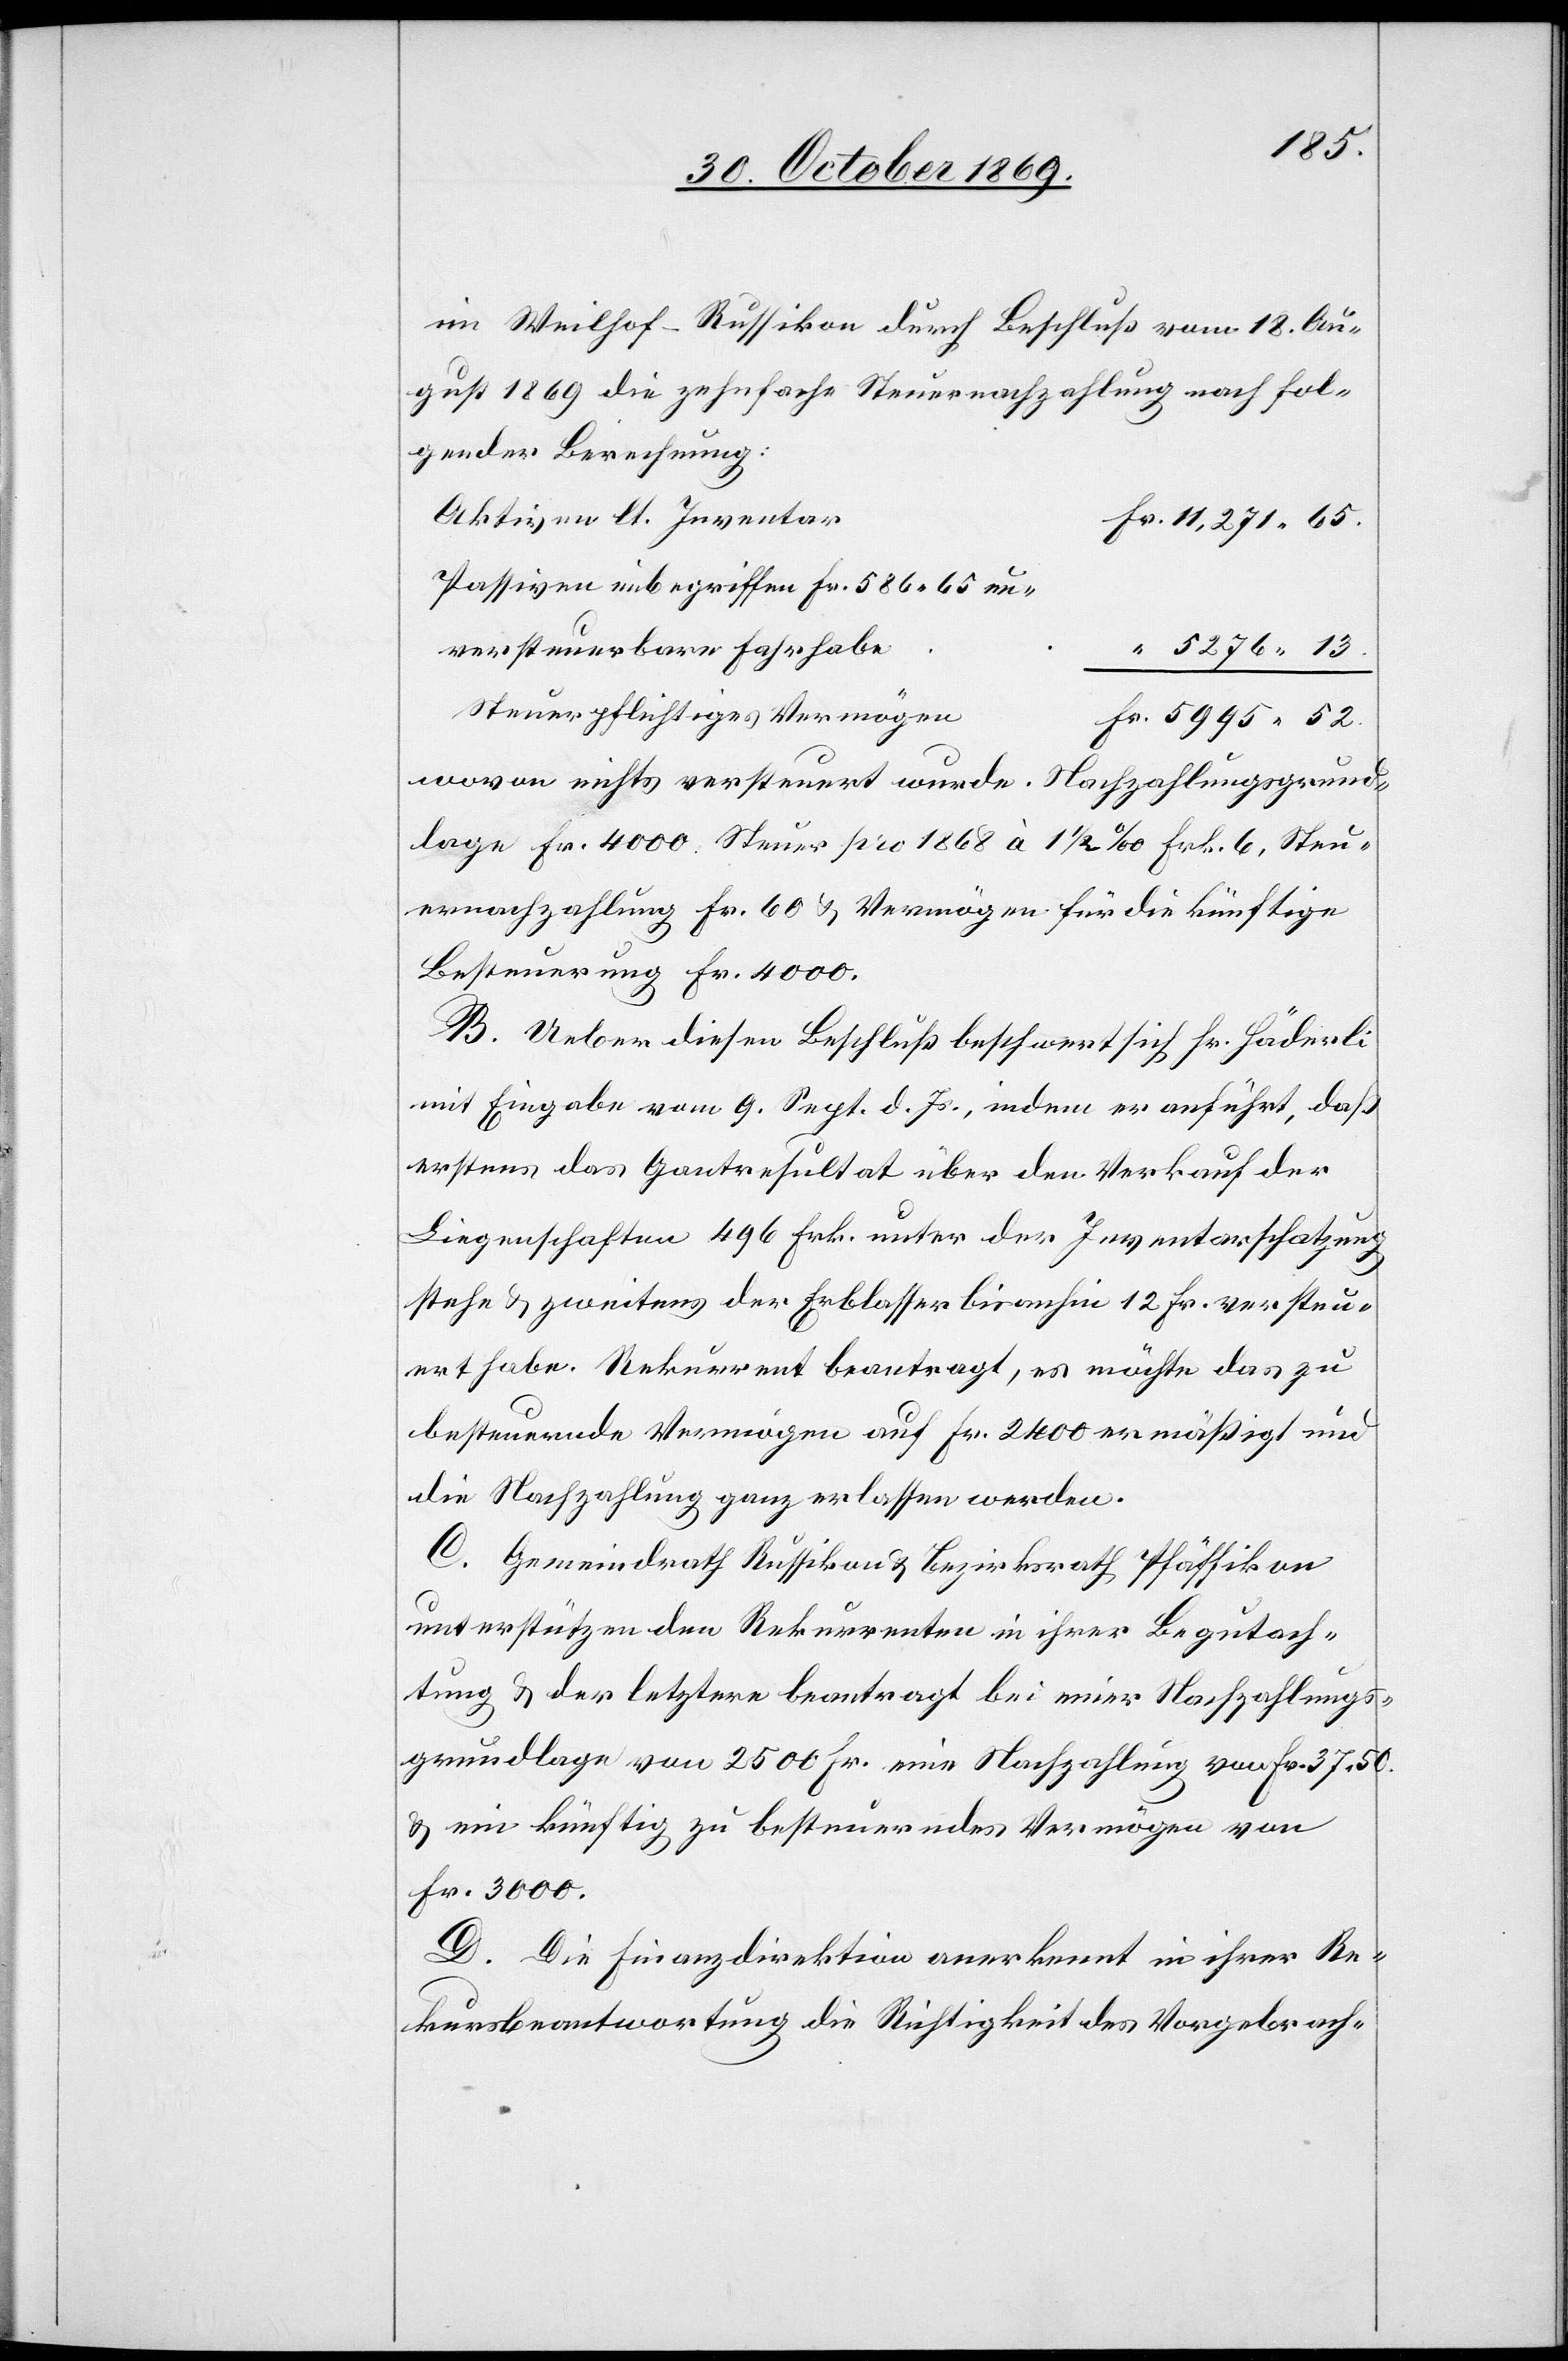
im Weilhof - Russikon durch Beschluß vom 18. Au¬
gust 1869 die zehnfache Steuernachzahlung nach fol¬
gender Berechnung:
Aktiven lt. Inventar
Fr. 11,271.65.
Passiven imbegriffen [sic!] Fr. 586.65 un¬
versteuerbare Fahrhabe
“ 5276.13.
Steuerpflichtiges Vermögen
Fr. 5995.52.
wovon nichts versteuert wurde. Nachzahlungsgrund¬
lage Fr. 4000. Steuer pro 1868 à 1 1/2 ‰ Frk. 6, Steu¬
ernachzahlung Fr. 60 & Vermögen für die künftige
Besteuerung Fr. 4000.
B. Ueber diesen Beschluß beschwert sich Hr. Häderli
mit Eingabe vom 9. Sept. d. Js., indem er anführt, daß
erstens das Gantresultat über den Verkauf der
Liegenschaften 496 Frk. unter der Inventarschatzung
stehe & zweitens der Erblasser bisanhin 12 Fr. versteu¬
ert habe. Rekurrent beantragt, es möchte das zu
besteuernde Vermögen auf Fr. 2400 ermäßigt und
die Nachzahlung ganz erlassen werden.
C. Gemeindrath Russikon & Bezirksrath Pfäffikon
unterstützen den Rekurrenten in ihrer Begutach¬
tung & der letztere beantragt bei einer Nachzahlungs¬
grundlage von 2500 Fr. eine Nachzahlung von Fr. 37.50.
& ein künftig zu besteuerndes Vermögen von
Fr. 3000.
D. Die Finanzdirektion anerkennt in ihrer Re¬
kursbeantwortung die Richtigkeit des Vorgebrach-